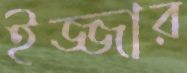
ইজ্জার